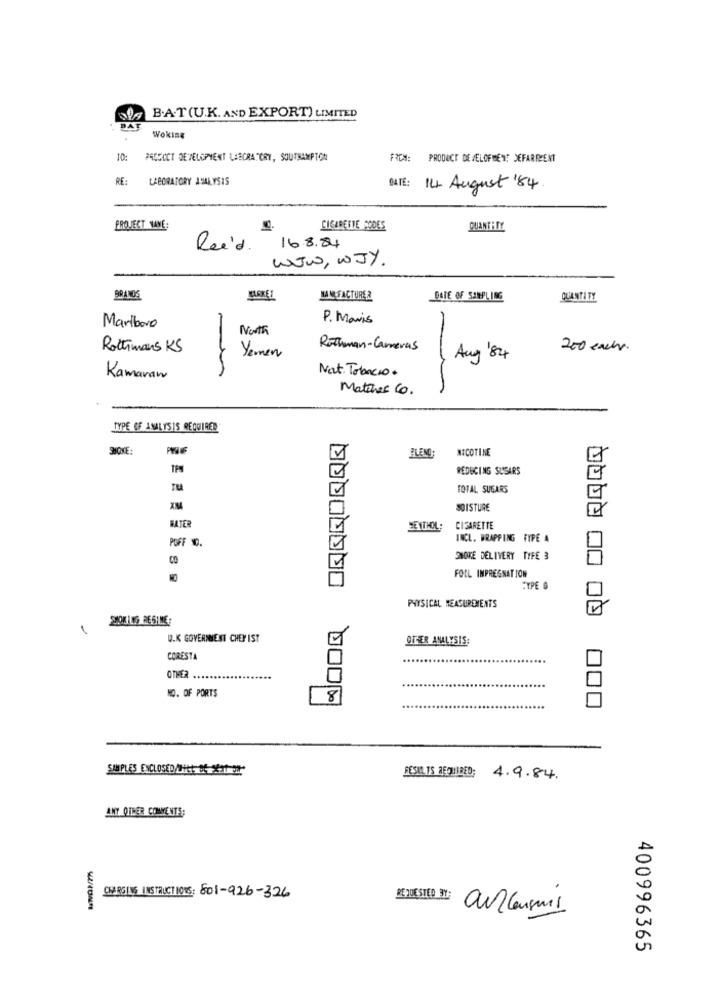
B.A.T(U.K. AND EXPORT) LIMITED
". BAT
Woking
10: PACOICT DEVELOPMENT LABORATORY, SOUTHAMPTON
FICH
PRODUCT DEVELOPMENT DEFARRENT
RE: LABORATORY ANALYSIS
DATE:
14. August 184
PROJECT NAME:
CIGARETTE CODES
QUANTITY
Rei'd
16.8.84
WJW, WJY.
BRANDS
MANUFACTURER
DATE OF SAMPLING
QUANTITY
P. Mavis
Marlboro
North
Rothmans KS
Yemen
Rothman-Carreras
200 each.
Aug 84
Nat. Tobacco .
Kamaran
Matches 6.
TYPE OF ANALYSIS REQUIRED
DO QQQQ
SMOKE:
PLENO:
NICOTINE
TPM
REDUCING SUSARS
TOTAL SUGARS
XM
SOISTURE
BATER
HEYTHOL:
CIGARETTE
POFF NO.
INCL. WRAPPING TYPE A
SMOKE DELIVERY TYFE 3
FOIL IMPREGNATION
CYPE G
PHYSICAL MEASUREMENTS
SMOKING REGIME;
U.K GOVERNMENT CHEY IST
OTHER ANALYSIS:
CORESTA
OTHER ..
NO. OF PORTS
8
SAMPLES ENCLOSED/WiEt. DE Xx1 24
SESARTS REQUIRED;
4.9.84.
ANY OTHER COMMENTS;
CHARGING INSTRUCTIONS: 801-926-326
BEPDESTED BY
400996365